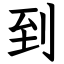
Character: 到